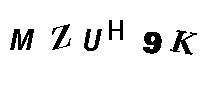
MZUH9K